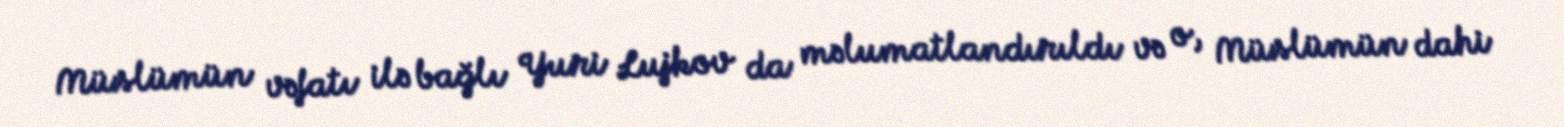
Müslümün vəfatı ilə bağlı Yuri Lujkov da məlumatlandırıldı və o, Müslümün dahi